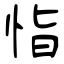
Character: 恉